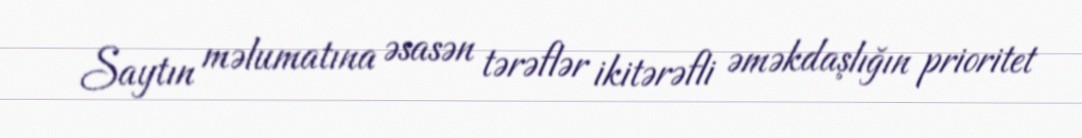
Saytın məlumatına əsasən tərəflər ikitərəfli əməkdaşlığın prioritet